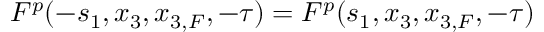
F ^ { p } ( - s _ { 1 } , x _ { 3 } , x _ { 3 , F } , - \tau ) = F ^ { p } ( s _ { 1 } , x _ { 3 } , x _ { 3 , F } , - \tau )